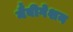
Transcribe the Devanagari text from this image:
नैवीगेशन